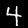
Digit: 4